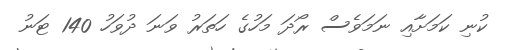
ކުނި ކަމަށާއި ނަމަވެސް ރޯދަ މަހުގެ ހަތަރު ވަނަ ދުވަހު 140 ޓަނު